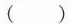
( )